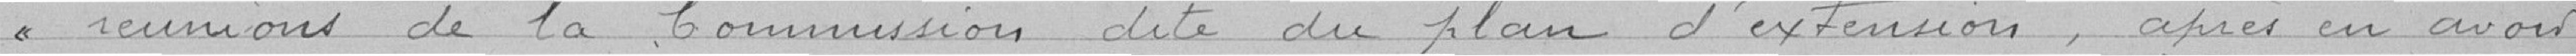
réunions de la Commission dite du plan d'extension après en avoir